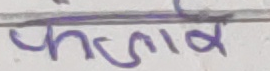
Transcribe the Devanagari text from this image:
फंजाब